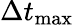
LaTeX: \Delta t_{\mathrm{max}}